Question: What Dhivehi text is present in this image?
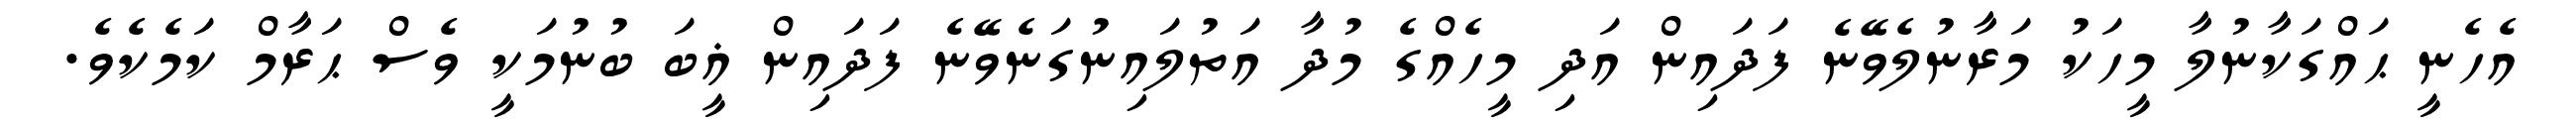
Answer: އެހެނީ ޙައްގަކާނުލާ މީހަކު މަރާނުލެވޭނެ ފަދައިން އަދި މީހެއްގެ މުދާ އަތުލައިނުގަނެވޭނެ ފަދައިން ޣީބަ ބުނުމަކީ ވެސް ޙަރާމް ކަމެކެވެ.